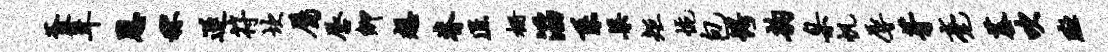
釜葺恩秫遂符坎属唇卿想脊匠栅滔系渠矩惋包愕韵臬帆辱芽毫蓁吹斑